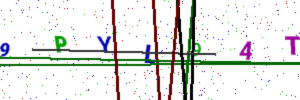
Text: 9PYL94T